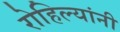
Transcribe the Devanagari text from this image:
रोहिल्यांनी